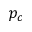
p _ { c }